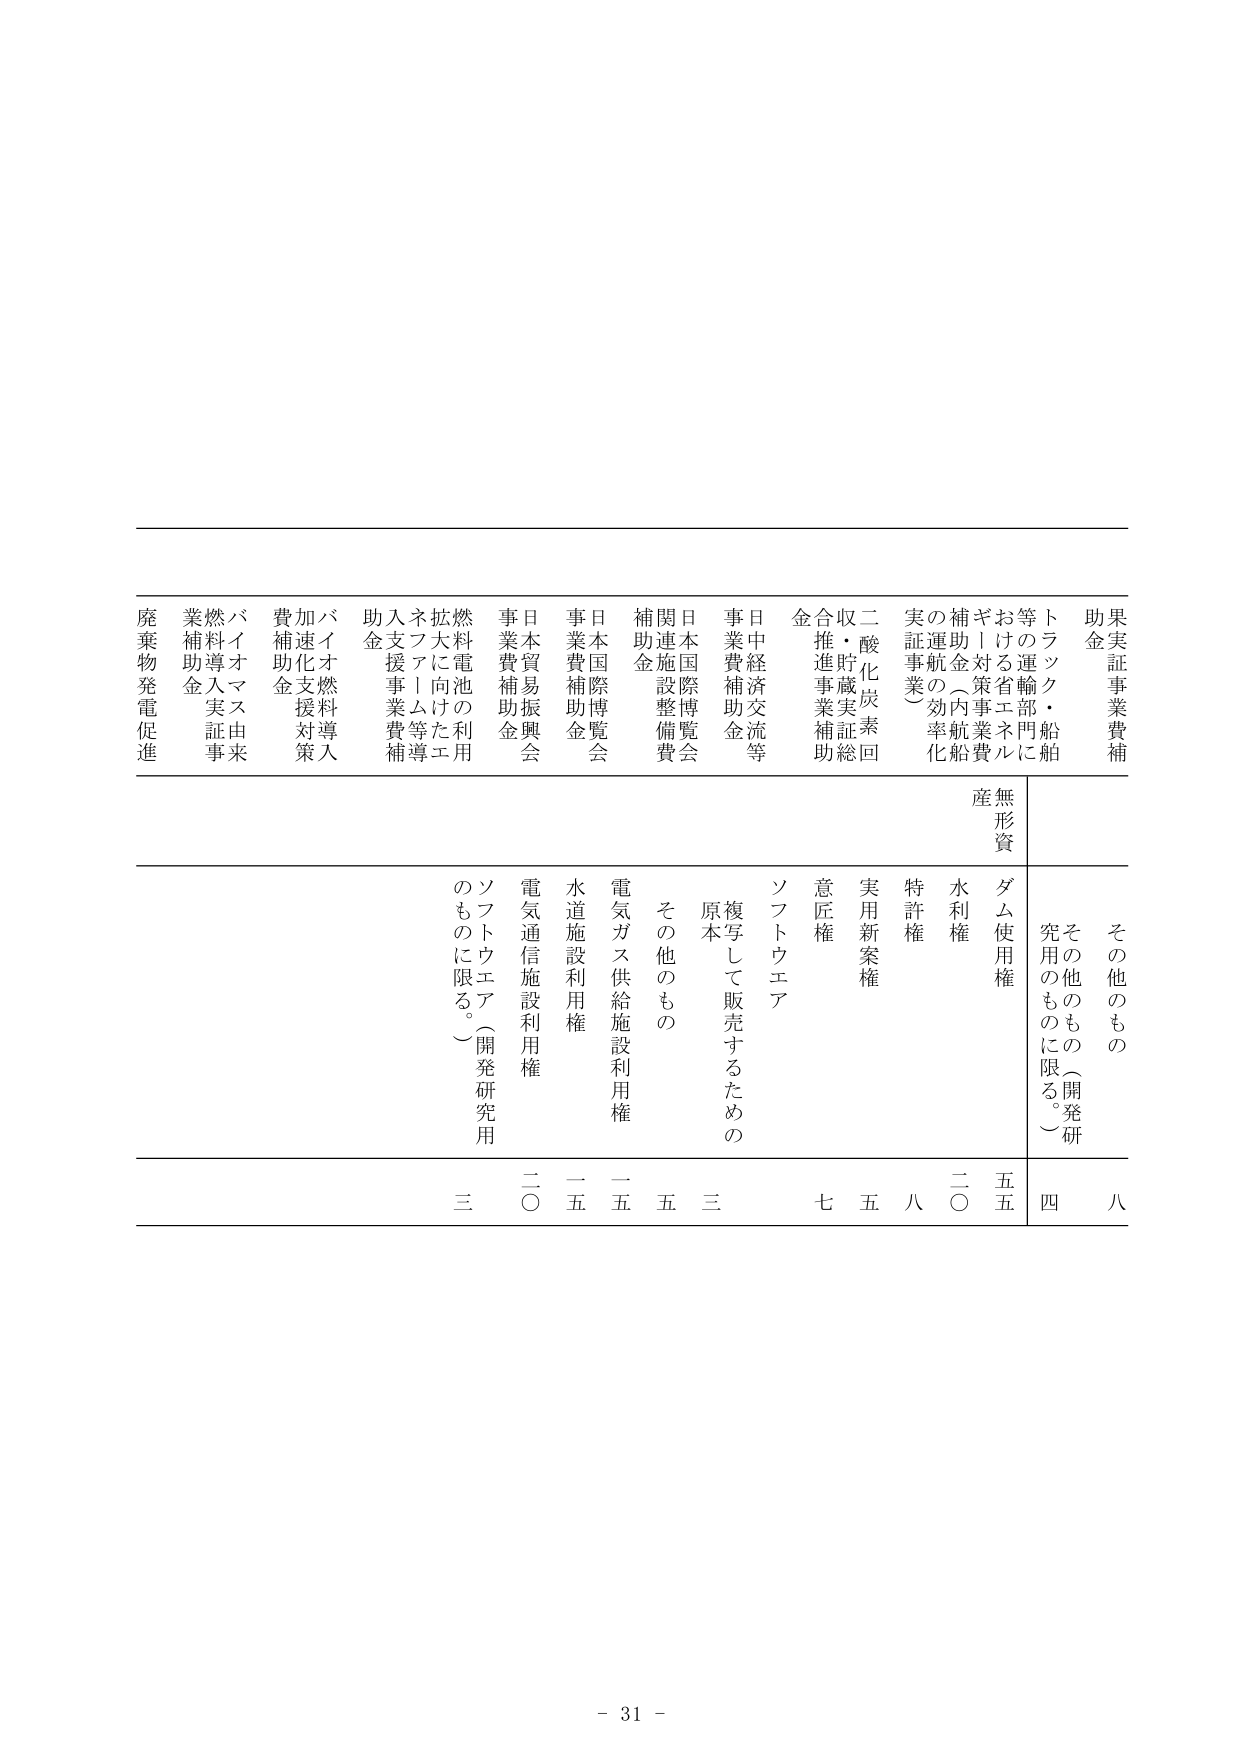
実証事業補助金
助金
等の運輸部門に
おける省エネルギー
補助金（内航船費
の運航の効率化
実証事業）
二酸化炭素回
収・貯蔵実証総
合推進事業補助
金
日中経済交流等
事業費補助金
日本国際博覧会
関連施設整備費
補助金
日本国際博覧会
事業費補助金
日本貿易振興会
事業費補助金
燃料電池の利用
拡大に向けたエ
ネファーム等導
入支援事業費補
助金
バイオ燃料導入
加速化支援対策
費補助金
バイオマス由来
燃料導入実証事
業補助金
廃棄物発電促進

無形資産
ダム使用権
水利権
特許権
実用新案権
意匠権
ソフトウェア
複写して販売するための
原本
その他のもの
電気ガス供給施設利用権
水道施設利用権
電気通信施設利用権
ソフトウェア（開発研究用
のものに限る。）

その他のもの
その他のもの（開発研究用のものに限る。）

八
四
五五
二〇
八
五
七
三
五
一五
二〇
三

- 31 -